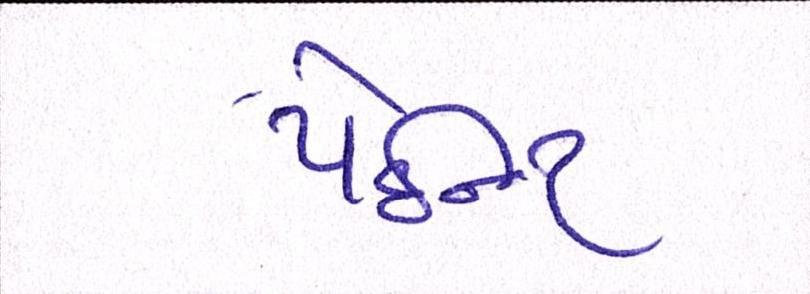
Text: પેઇન્ટ